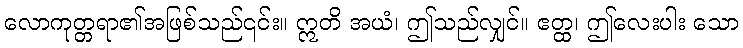
လောကုတ္တရာ၏အဖြစ်သည်၎င်း။ ဣတိ အယံ၊ ဤသည်လျှင်။ ဧတ္ထ၊ ဤလေးပါး သော